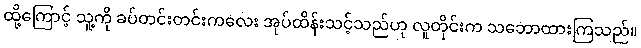
ထို့ကြောင့် သူ့ကို ခပ်တင်းတင်းကလေး အုပ်ထိန်းသင့်သည်ဟု လူတိုင်းက သဘောထားကြသည်။